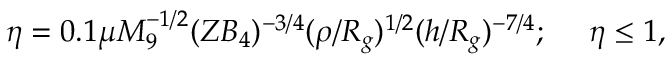
\eta = 0 . 1 \mu M _ { 9 } ^ { - 1 / 2 } ( Z B _ { 4 } ) ^ { - 3 / 4 } ( \rho / R _ { g } ) ^ { 1 / 2 } ( h / R _ { g } ) ^ { - 7 / 4 } ; \ \ \ \ \eta \le 1 ,